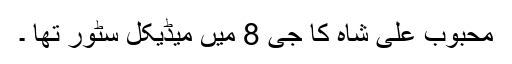
محبوب علی شاہ کا جی 8 میں میڈیکل سٹور تھا ۔